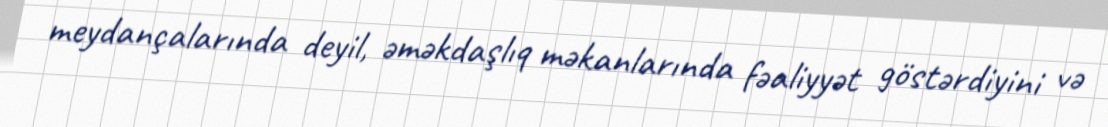
meydançalarında deyil, əməkdaşlıq məkanlarında fəaliyyət göstərdiyini və